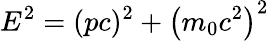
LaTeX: E^{2}=(pc)^{2}+\left(m_{0}c^{2}\right)^{2}